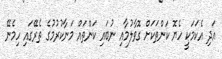
އަދި އެކަމަކީ ހެޔޮ ކަންތަކަށް ގޮވާލުމާއި ނުބައި ކަންތައް މަނާކުރުމުގެ ތެރޭގައި ހިމެނޭ